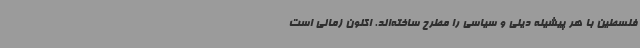
فلسطین با هر پیشینه دینی و سیاسی را مطرح ساخته‌اند. اکنون زمانی است